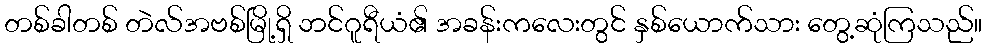
တစ်ခါတစ် တဲလ်အဗစ်မြို့ရှိ ဘင်ဂူရီယံ၏ အခန်းကလေးတွင် နှစ်ယောက်သား တွေ့ဆုံကြသည်။